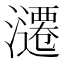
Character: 𰝢